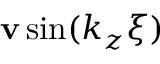
\mathbf { v } \sin ( k _ { z } \xi )